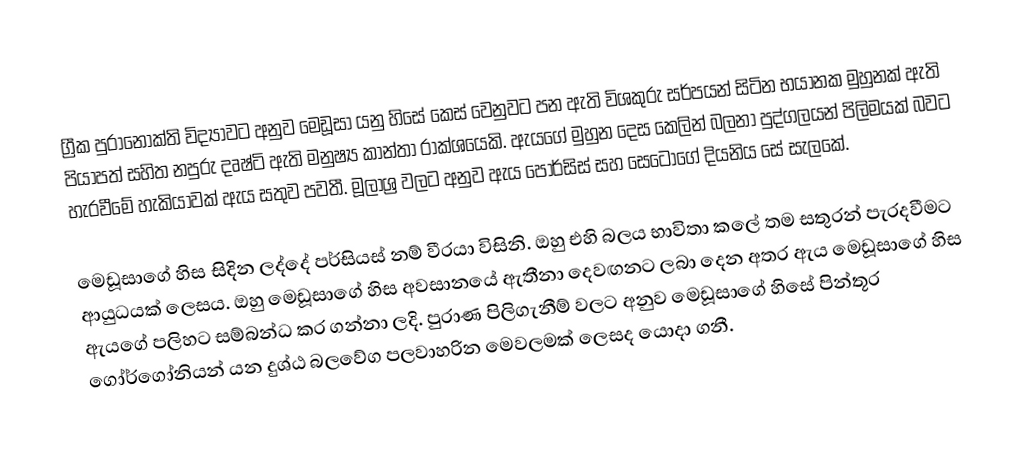
ග්‍රීක පුරානෝක්ති විද්‍යාවට අනුව මෙඩූසා යනු හිසේ කෙස් වෙනුවට පන ඇති විශකුරු සර්පයන් සිටින භයානක මුහුනක් ඇති පියාපත් සහිත නපුරු දෘෂ්ටි ඇති මනුෂ්‍ය කාන්තා රාක්ශයෙකි. ඇයගේ මුහුන දෙස කෙලින් බලනා පුද්ගලයන් පිලිමයක් බවට හැරවීමේ හැකියාවක් ඇය සතුව පවතී. මූලාශ්‍ර වලට අනුව ඇය පෝර්සිස් සහ සෙටෝගේ දියනිය සේ සැලකේ.

මෙඩූසාගේ හිස සිදින ලද්දේ පර්සියස් නම් වීරයා  විසිනි. ඔහු එහි බලය භාවිතා කලේ තම සතුරන් පැරදවීමට ආයුධයක් ලෙසය. ඔහු මෙඩූසාගේ හිස අවසානයේ ඇතීනා දෙවඟනට ලබා දෙන අතර ඇය මෙඩූසාගේ හිස ඇයගේ පලිහට සම්බන්ධ කර ගන්නා ලදි. පුරාණ පිලිගැනීම් වලට අනුව මෙඩූසාගේ හිසේ පින්තූර ගෝර්ගෝනියන් යන දුශ්ඨ බලවේග පලවාහරින මෙවලමක් ලෙසද යොදා ගනී.